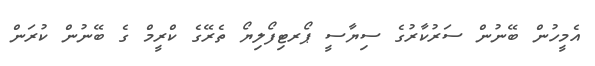
އެމީހުން ބޭނުން ސަރުކާރުގެ ސިޔާސީ ޕޯރޓިފޯލިޔޯ ތެރޭގެ ކްރީމް ގެ ބޭނުން ކުރަން